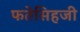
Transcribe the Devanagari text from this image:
फतेसिहजी